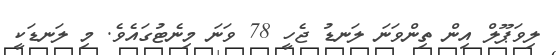
ލިވަޕޫލް އިން ތިންވަނަ ލަނޑު ޖެހީ 78 ވަނަ މިނެޓުގައެވެ. މި ލަނޑަކީ